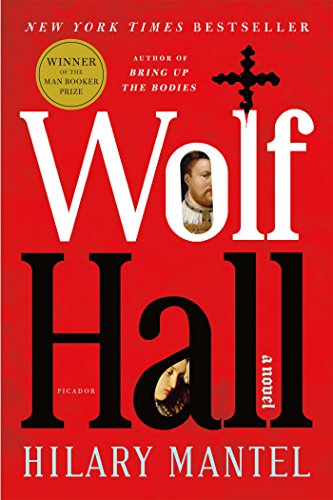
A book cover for Wolf Hall; Hilary Mantel; Literature & Fiction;